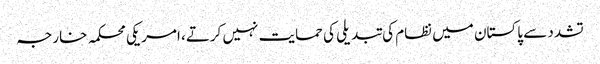
تشدد سے پاکستان میں نظام کی تبدیلی کی حمایت نہیں کرتے، امریکی محکمہ خارجہ